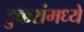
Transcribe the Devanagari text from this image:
डुक्करांमध्ये